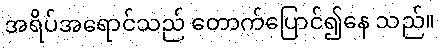
အရိပ်အရောင်သည် တောက်ပြောင်၍နေ သည်။